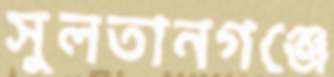
সুলতানগঞ্জে